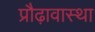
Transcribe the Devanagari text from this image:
प्रौढ़ावास्था